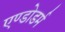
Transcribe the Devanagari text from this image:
एण्डोडर्म